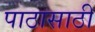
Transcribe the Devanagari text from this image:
पाठासाठी